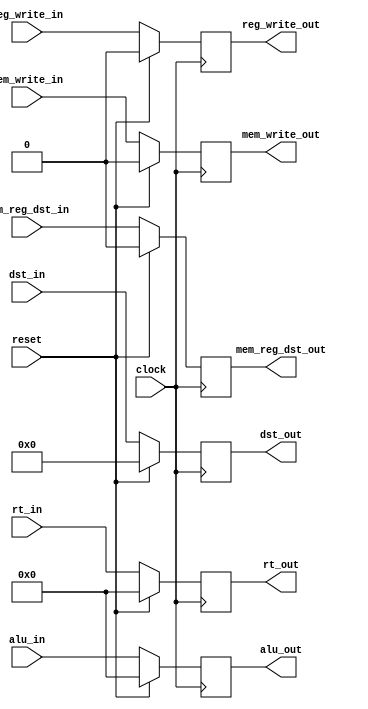
//EX_MEM_pipe.v

module EX_MEM_pipe(
	input wire clock,
	input wire reset,
	
	// non-controller stuff
	input wire [31:0] alu_in,
	input wire [4:0] dst_in,
	
	//controller stuff
	input wire reg_write_in,
	input wire mem_reg_dst_in,
	output reg reg_write_out,
	output reg mem_reg_dst_out,
	output reg [31:0] alu_out,
	input wire mem_write_in,
	input wire [31:0] rt_in,
	output reg [31:0] rt_out,
	output reg mem_write_out,
	output reg [4:0] dst_out
	);
	
	initial begin
		alu_out = 32'h00000000;
		dst_out = 5'b00000;
		mem_reg_dst_out = 0;
		reg_write_out = 0;
		rt_out  = 0;
		mem_write_out = 0;
	end
	
	always @(posedge clock) begin
		if (reset == 1'b1) begin
			alu_out <= 32'h00000000;
			dst_out <= 5'b00000;
			mem_reg_dst_out <= 0;
			reg_write_out <= 0;
			rt_out <= 0;
			mem_write_out <= 0;
		end else begin
			alu_out <= alu_in;
			dst_out <= dst_in;
			mem_reg_dst_out <= mem_reg_dst_in;
			reg_write_out <= reg_write_in;
			rt_out <= rt_in;
			mem_write_out <= mem_write_in;
		end
	end
endmodule